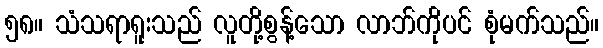
၅၈။ သံသရာရူးသည် လူတို့စွန့်သော လာဘ်ကိုပင် စုံမက်သည်။